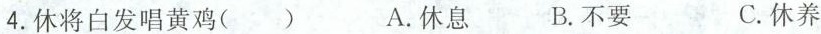
4.休将白发唱黄鸡( ) A.休息 B.不要 C.休养